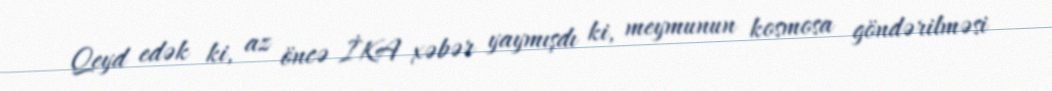
Qeyd edək ki, az öncə İKA xəbər yaymışdı ki, meymunun kosmosa göndərilməsi